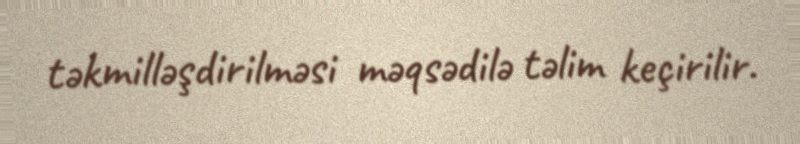
təkmilləşdirilməsi məqsədilə təlim keçirilir.